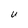
Character: U